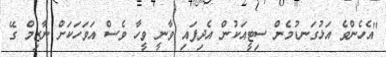
"އެހެންވެ އަޅުގަނޑުމެން ސިޓީއަކުން އެދިފައި ވާނީ ވީހާ ވެސް އަވަހަކަށް ނާޒިމް ގޭ